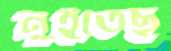
নুইতেছ